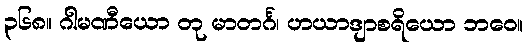
၃၆၈။ ဂါမဏီယော တု မာတင်္ဂ၊ ဟယာဒျာစရိယော ဘဝေ။